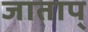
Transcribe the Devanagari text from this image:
जाताप्